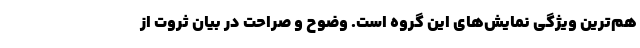
هم‌ترین ویژگی نمایش‌های این گروه است. وضوح و صراحت در بیان ثروت از